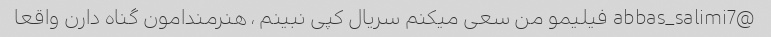
@abbas_salimi7 فیلیمو من سعی میکنم سریال کپی نبینم ، هنرمندامون گناه دارن واقعا